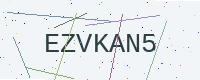
Text: EZVKAN5